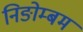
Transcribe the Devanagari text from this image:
निङोम्बम